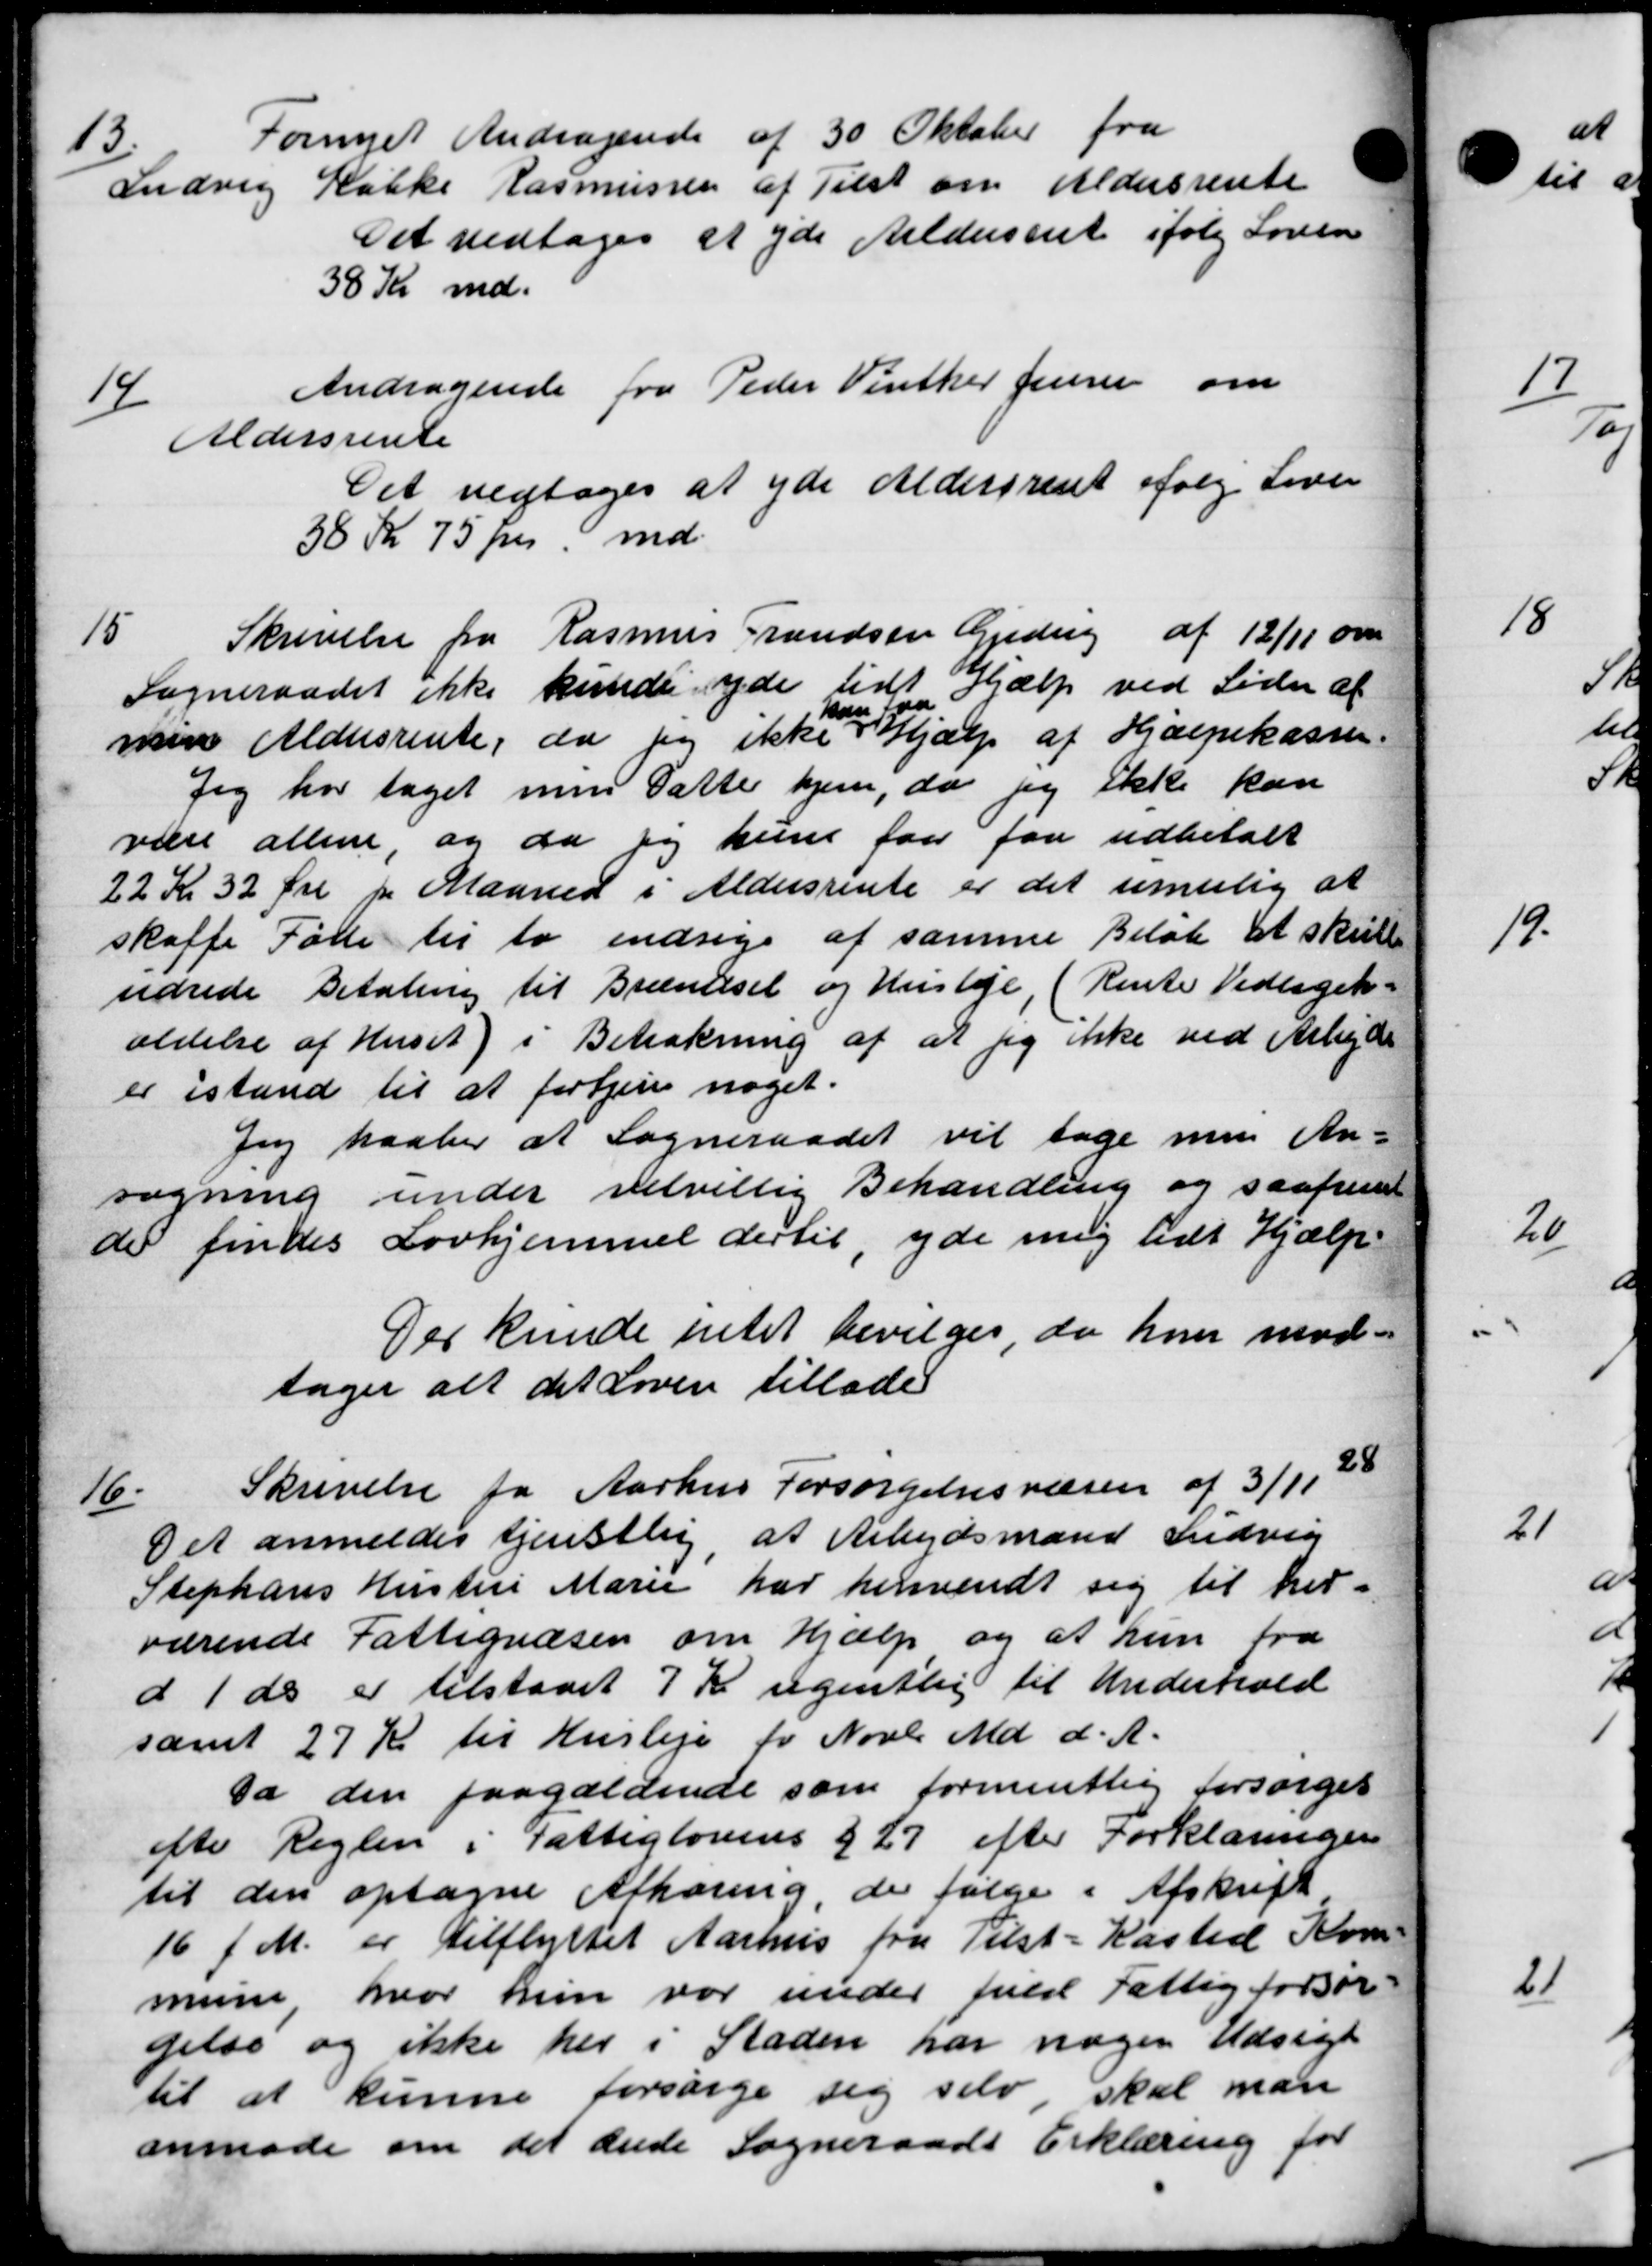
Transskription:
13
Fornyet Andragende af 30 Oktober fra
Ludvig Købke Rasmussen af Tilst om Aldersrente
Det vedtoges at yde Aldersrent ifølg Loven
38 Kr md.
14/
Andragende fra Peder Vinther Jensen om
Aldersrente
Det vedtoges at yde Aldersrent ifølg Loven
38 Kr 75 pr md.
15
Skrivelse fra Rasmus Frandsen Gjedsig af 12/11 om
Sogneraadet ikke kunde yde lidt Hjælp ved Sider af
d
e
men Aldersrente, da jeg ikke i Hjælp af Hjælpekassen.
Jeg har taget men datte hjem, da jeg ikke kan
være allene, og da jeg kun faar faa udbetalt
22 Kr 32 Øre pr Maaned i Aldersrente er det remielig at
skaffe Føde til to indsige af samme Beløb at skull
udrede Betaling til Brændsel og Husleje, (Rente Vedligeh.
aldelse af Huset) i Betrækning af at jeg ikke ved Arbejde
er istand til at fortjene noget.
Jeg paaber at Sogneraadet vil tage men An-
søgning under velvillig Behandling og saafremt
de findes Lovhjemmel dertil, yde mig lidt Hjælp
Der kunde intet bevilges da hun mod-
sager alt det Loven tillader
16
Skrivelse fra Aarhus Forsørgelsesvæsen af 3/1, 200
Det anmeldes tjenstlig at Arbejdsmand Indvig
Stephans Hustru Marie har henvendt sig til her-
værende Fattigvæsen om Hjælp og at hun fra
d 1 ds er tilstaaet 7 Kr ugentlig til Underhold
samt 27 Kr til Husleje for Novbr Md. d. A.
Da den paagældende som formentlig forsørges
efter Reglen i Fattiglovens § 27 efter Forklaringen
til den optagne Afhøring, der følge i Afskrift
16 f. M. er tilflyttet Aarhus fra Tilst-Kasted Kom-
mune hvor hun var under fuld Fattigforsør-
gelse og ikke her i Staden har nogen Udsigt
til at kunne forsørge sig selv, skal man
anmode om det ænde Sogneraads Erklæring for

3

2